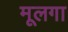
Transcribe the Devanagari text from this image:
मूलगा